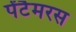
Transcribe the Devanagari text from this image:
पेंटैमरस